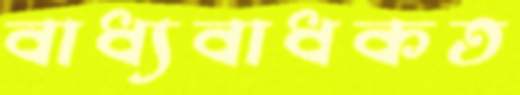
বাধ্যবাধকত